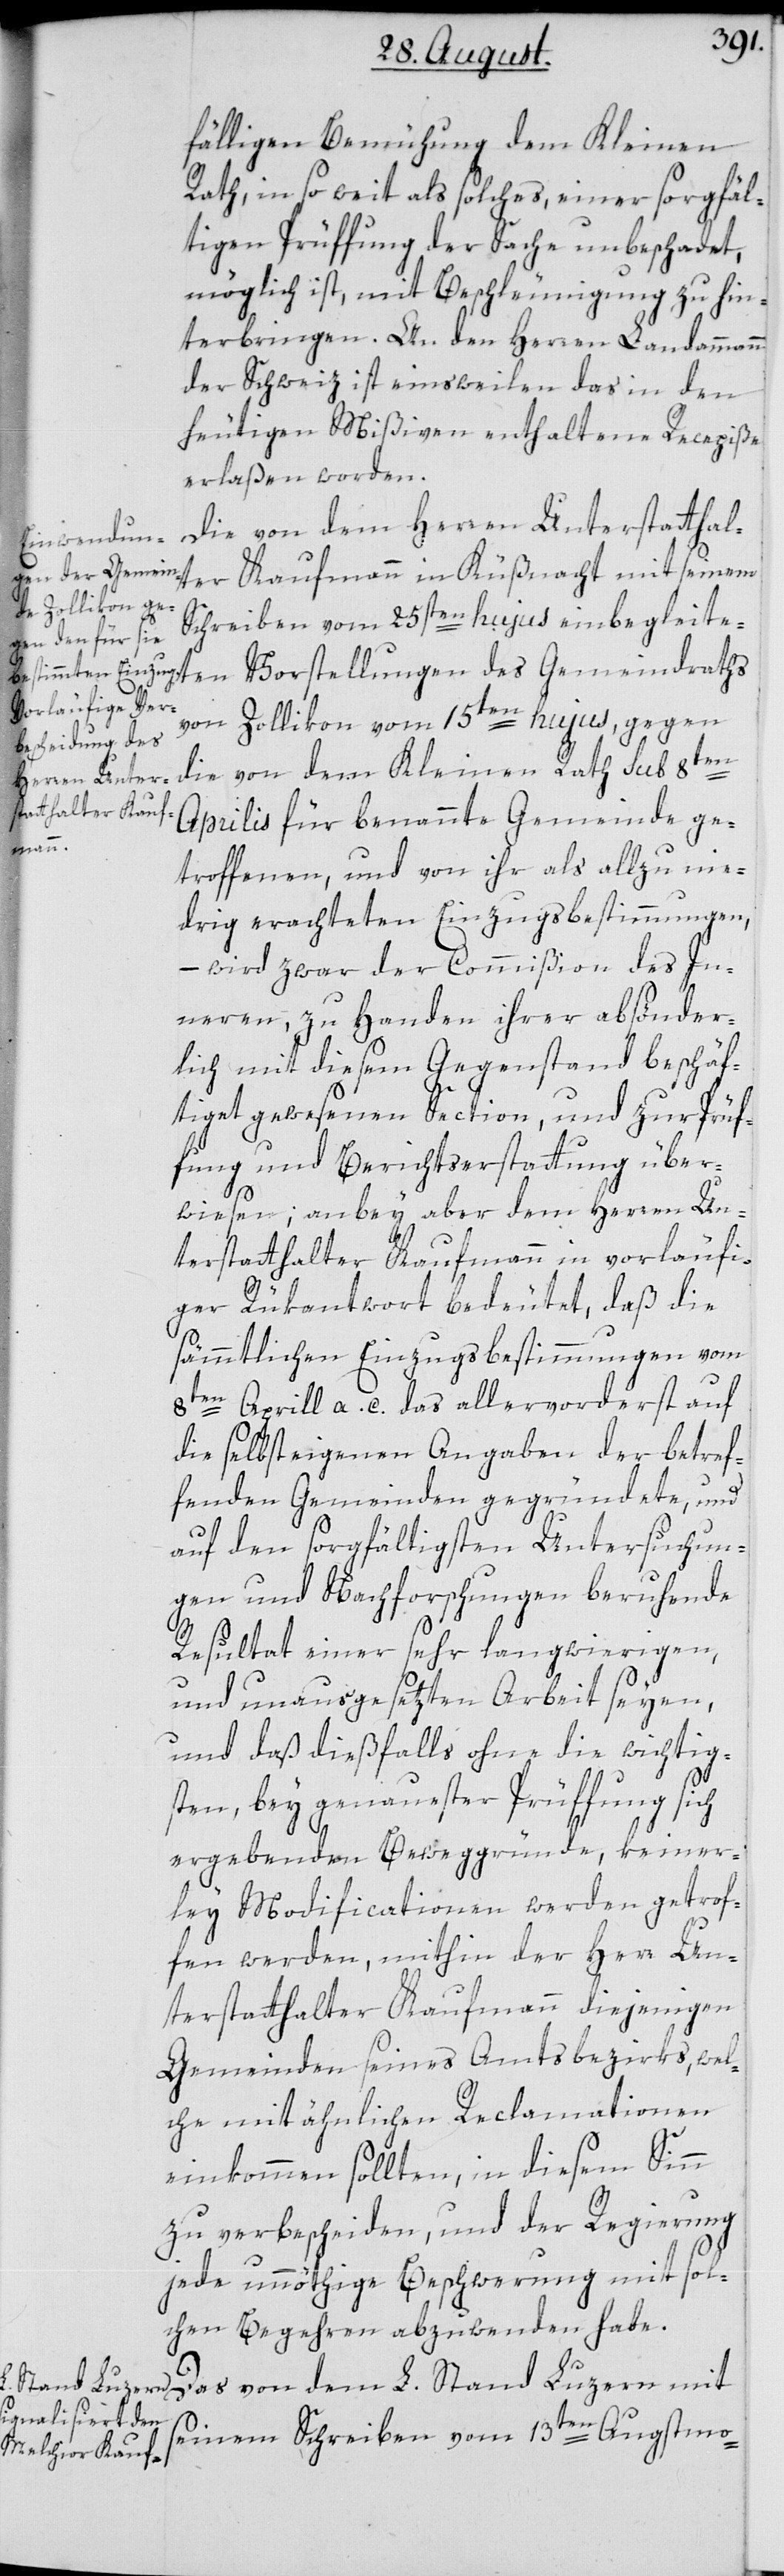
fälligen Bemühung dem Kleinen
Rath, insoweit als solches, einer sorgfäl¬
tigen Prüffung der Sache unbeschadet,
möglich ist, mit Beschleunigung zu hin¬
terbringen. An den Herren Landammann
der Schweiz ist einsweilen das in den
heutigen Mißiven enthaltene Recepiße
erlaßen worden.
Die von dem Herren Unterstatthalt¬
Schreiben vom 25sten hujus einbegleite¬
ten Vorstellungen des Gemeindraths
von Zollikon vom 15ten hujus gegen
die von dem Kleinen Rath sub 8ten
Aprilis für benannte Gemeinde ge¬
seinem
troffenen, und von ihr als allzu nie¬
drig erachteten Einzugsbestimmungen,
– wird zwar der Commißion des In¬
neren, zu Handen ihrer absönder¬
lich mit diesem Gegenstand beschäf¬
tiget gewesenen Section, und zur Prüf¬
fung und Berichtserstattung über¬
wiesen, anbey aber dem Herren Un¬
terstatthalter Kaufmann in vorläufi¬
ger Rükantwort bedeutet, daß die
sämtlichen Einzugsbestimmungen vom
8ten Aprill a. c. das allervorderst auf
die selbst eigenen Angaben der betref¬
fenden Gemeinden gegründete, und
er
auf den sorgfältigsten Untersuchun¬
gen und Nachforschungen beruhende
Resultat einer sehr langwierigen
und unausgesetzten Arbeit seyen,
und daß dießfalls ohne die wichtig¬
sten, bey genauester Prüffung sich
ergebenden Beweggründe, keiner¬
ley Modificationen werden getrof¬
fen werden, mithin der Herr Un¬
terstatthalter Kaufmann diejenigen
Gemeinden seines Amtsbezirks, wel¬
che mit ähnlichen Reclamationen
einkommen sollten, in diesem Sinn
zu verbescheiden, und der Regierung
jede unnöthige Beschwerung mit sol¬
chen Begehren abzuwenden habe.
Das von dem L. Stand Luzern mit
seinem Schreiben vom 13ten Augstmo-